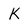
Character: K